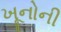
ખૂનોની